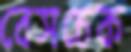
বেসচেক